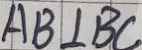
A B \bot B C